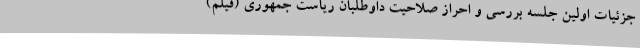
جزئیات اولین جلسه بررسی و احراز صلاحیت داوطلبان ریاست جمهوری (فیلم)